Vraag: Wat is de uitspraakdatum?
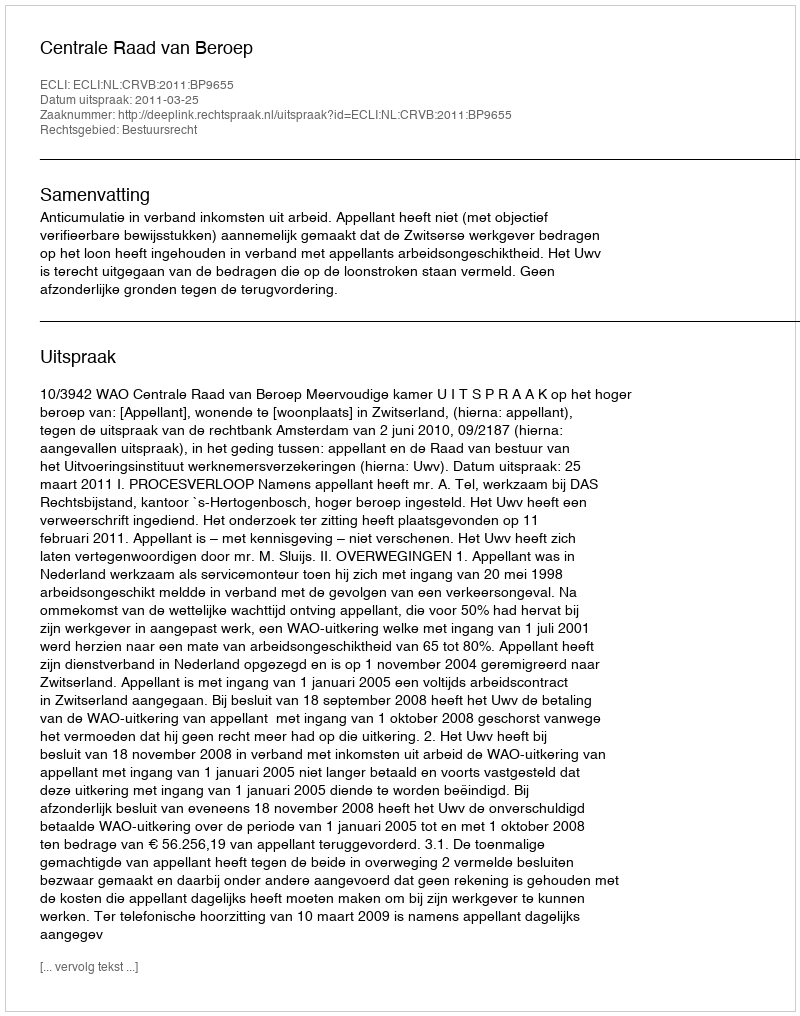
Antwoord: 2011-03-25